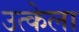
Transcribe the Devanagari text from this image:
उत्केला